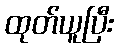
ထုတ်ယူပြီး